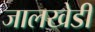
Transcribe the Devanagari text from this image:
जालखेडी